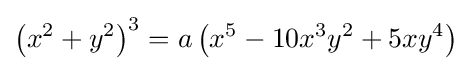
\left(x^{2}+y^{2}\right)^{3}=a\left(x^{5}-10x^{3}y^{2}+5xy^{4}\right)